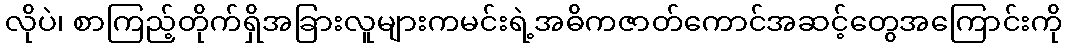
လိုပဲ၊ စာကြည့်တိုက်ရှိအခြားလူများကမင်းရဲ့အဓိကဇာတ်ကောင်အဆင့်တွေအကြောင်းကို